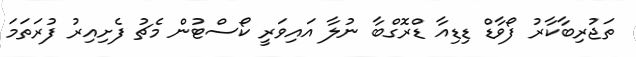
ތަޖުރިބާކާރު ފޯވާޑް ޑިޑިއާ ޑްރޮގްބާ ނުލާ އައިވަރީ ކޯސްޓުން މެޗު ފެށިއިރު ފުރަތަމަ